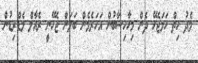
މެދު ހިތް ހަމަޖެހޭ ދެން މިހާހިސާބުން އަހަރެމެން ބަލަން ޖެހޭނީ ރެއާލް މެޑްރިޑުން